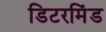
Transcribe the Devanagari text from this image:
डिटरमिंड